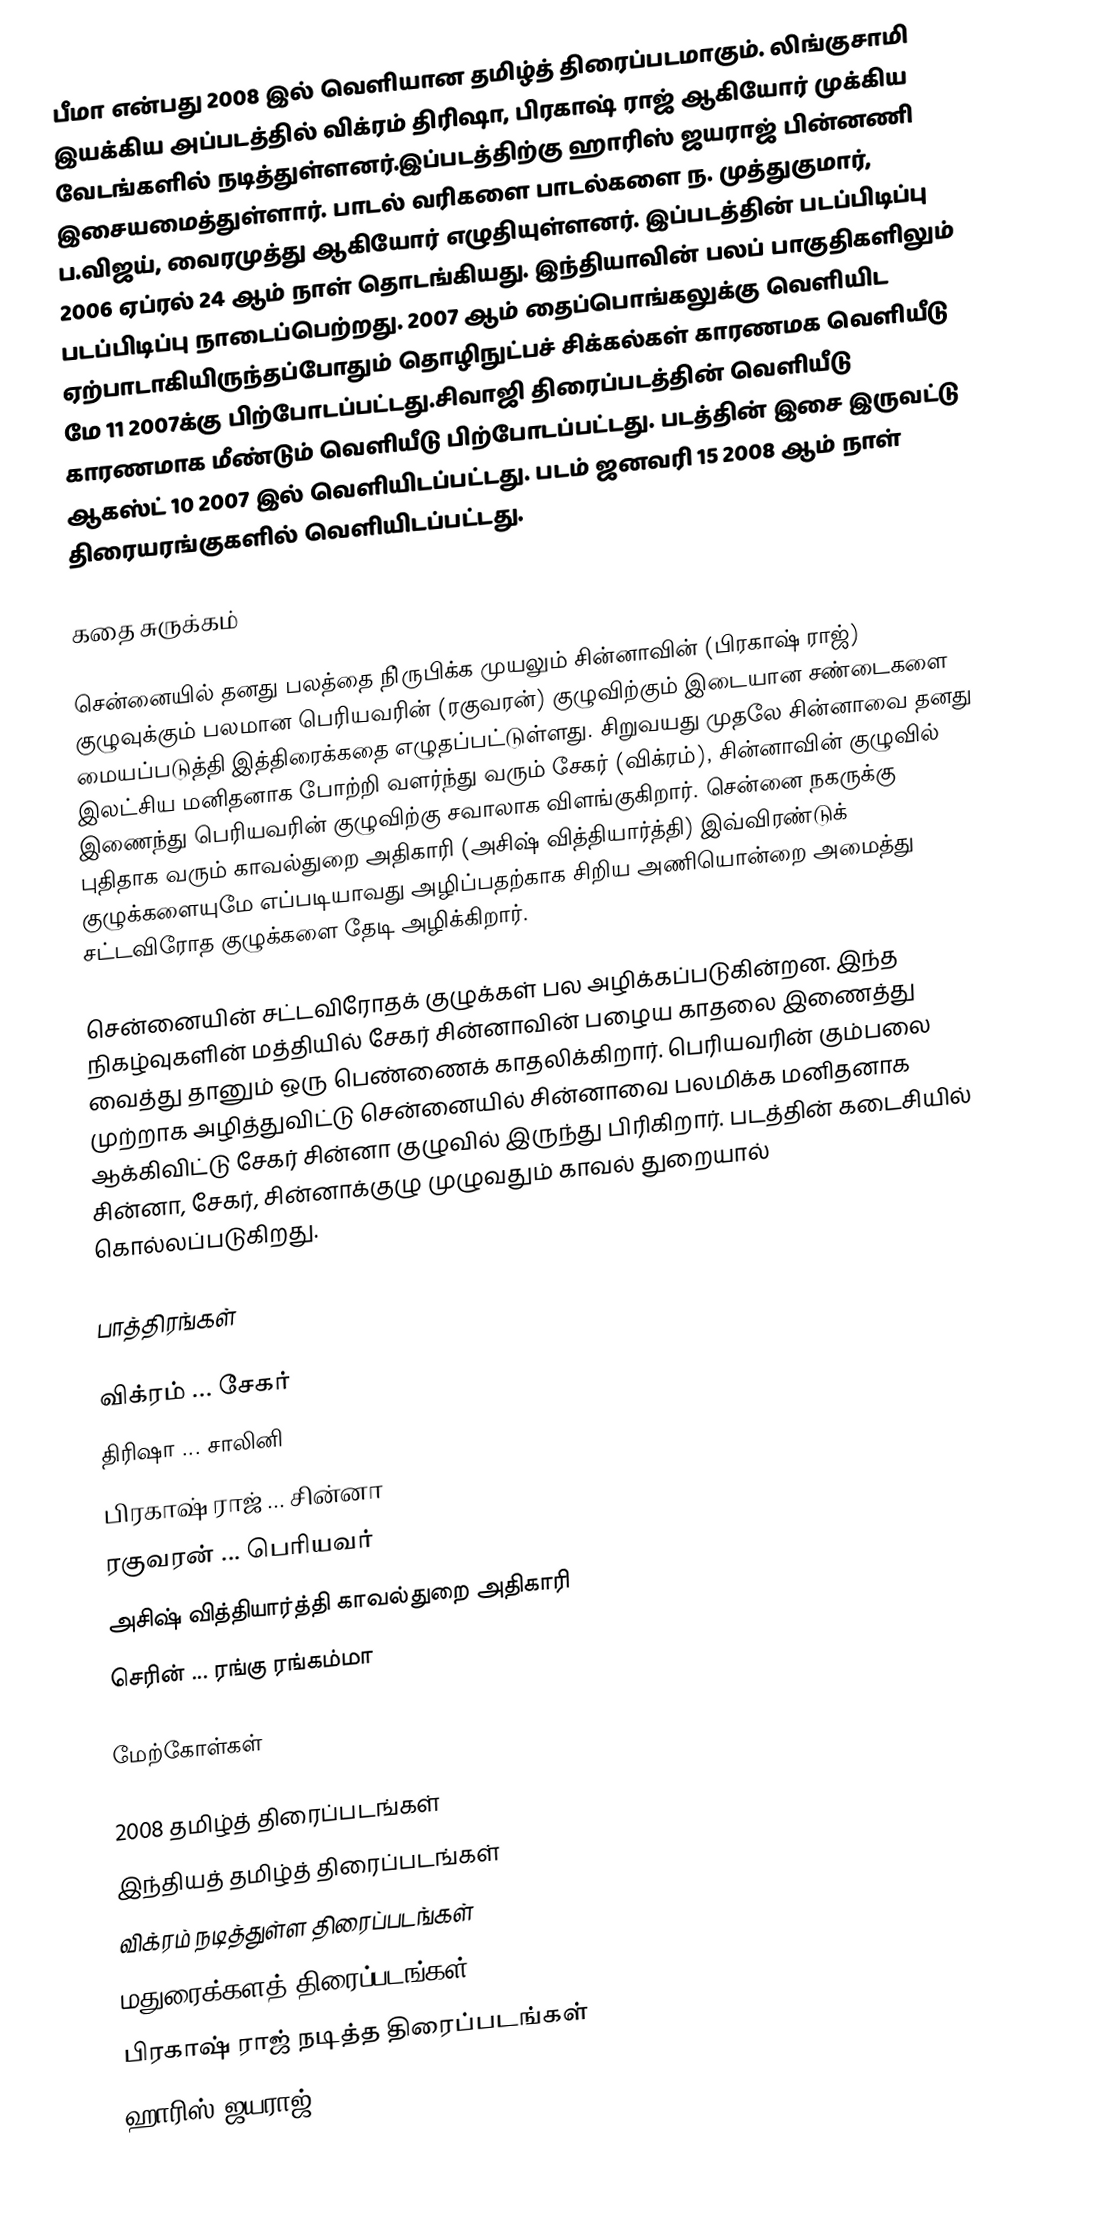
பீமா என்பது 2008 இல் வெளியான தமிழ்த் திரைப்படமாகும். லிங்குசாமி இயக்கிய அப்படத்தில் விக்ரம் திரிஷா, பிரகாஷ் ராஜ் ஆகியோர் முக்கிய வேடங்களில் நடித்துள்ளனர்.இப்படத்திற்கு ஹாரிஸ் ஜயராஜ் பின்னணி இசையமைத்துள்ளார். பாடல் வரிகளை பாடல்களை ந. முத்துகுமார், ப.விஜய், வைரமுத்து ஆகியோர் எழுதியுள்ளனர். இப்படத்தின் படப்பிடிப்பு 2006 ஏப்ரல் 24 ஆம் நாள் தொடங்கியது.  இந்தியாவின் பலப் பாகுதிகளிலும் படப்பிடிப்பு நாடைப்பெற்றது. 2007 ஆம் தைப்பொங்கலுக்கு வெளியிட ஏற்பாடாகியிருந்தப்போதும் தொழிநுட்பச் சிக்கல்கள் காரணமக வெளியீடு மே 11 2007க்கு பிற்போடப்பட்டது.சிவாஜி திரைப்படத்தின் வெளியீடு காரணமாக மீண்டும் வெளியீடு பிற்போடப்பட்டது. படத்தின் இசை இருவட்டு ஆகஸ்ட் 10 2007 இல் வெளியிடப்பட்டது. படம் ஜனவரி 15 2008 ஆம் நாள் திரையரங்குகளில் வெளியிடப்பட்டது.

கதை சுருக்கம்

சென்னையில் தனது பலத்தை நி்ருபிக்க முயலும் சின்னாவின் (பிரகாஷ் ராஜ்) குழுவுக்கும் பலமான பெரியவரின் (ரகுவரன்) குழுவிற்கும் இடையான சண்டைகளை மையப்படுத்தி இத்திரைக்கதை எழுதப்பட்டுள்ளது. சிறுவயது முதலே சின்னாவை தனது இலட்சிய மனிதனாக போற்றி வளர்ந்து வரும் சேகர் (விக்ரம்), சின்னாவின் குழுவில் இணைந்து பெரியவரின் குழுவிற்கு சவாலாக விளங்குகிறார். சென்னை நகருக்கு புதிதாக வரும் காவல்துறை அதிகாரி (அசிஷ் வித்தியார்த்தி) இவ்விரண்டுக் குழுக்களையுமே எப்படியாவது அழிப்பதற்காக சிறிய அணியொன்றை அமைத்து சட்டவிரோத குழுக்களை தேடி அழிக்கிறார்.

சென்னையின் சட்டவிரோதக் குழுக்கள் பல அழிக்கப்படுகின்றன. இந்த நிகழ்வுகளின் மத்தியில் சேகர் சின்னாவின் பழைய காதலை இணைத்து வைத்து தானும் ஒரு பெண்ணைக் காதலிக்கிறார். பெரியவரின் கும்பலை முற்றாக அழித்துவிட்டு சென்னையில் சின்னாவை பலமிக்க மனிதனாக ஆக்கிவிட்டு சேகர் சின்னா குழுவில் இருந்து பிரிகிறார். படத்தின் கடைசியில் சின்னா, சேகர், சின்னாக்குழு முழுவதும் காவல் துறையால் கொல்லப்படுகிறது.

பாத்திரங்கள்

 விக்ரம் ... சேகர்
 திரிஷா ... சாலினி
 பிரகாஷ் ராஜ் ... சின்னா
 ரகுவரன் ... பெரியவர்
 அசிஷ் வித்தியார்த்தி காவல்துறை அதிகாரி
 செரின் ... ரங்கு ரங்கம்மா

மேற்கோள்கள்

2008 தமிழ்த் திரைப்படங்கள்
இந்தியத் தமிழ்த் திரைப்படங்கள்
விக்ரம் நடித்துள்ள திரைப்படங்கள்
மதுரைக்களத் திரைப்படங்கள்
பிரகாஷ் ராஜ் நடித்த திரைப்படங்கள்
ஹாரிஸ் ஜயராஜ்